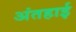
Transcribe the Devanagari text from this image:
अंतहाई